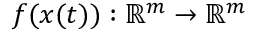
f ( x ( t ) ) : \mathbb { R } ^ { m } \rightarrow \mathbb { R } ^ { m }